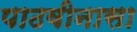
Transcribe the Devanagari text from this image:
पाठवीनासा